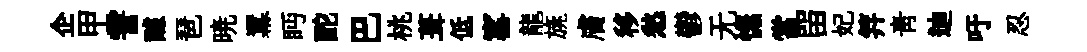
企甲霅醵琶暁羃眄酡巴桃葺低窰龍旐膚移愁鬱无憮當㽞妃笄青迪吁忍